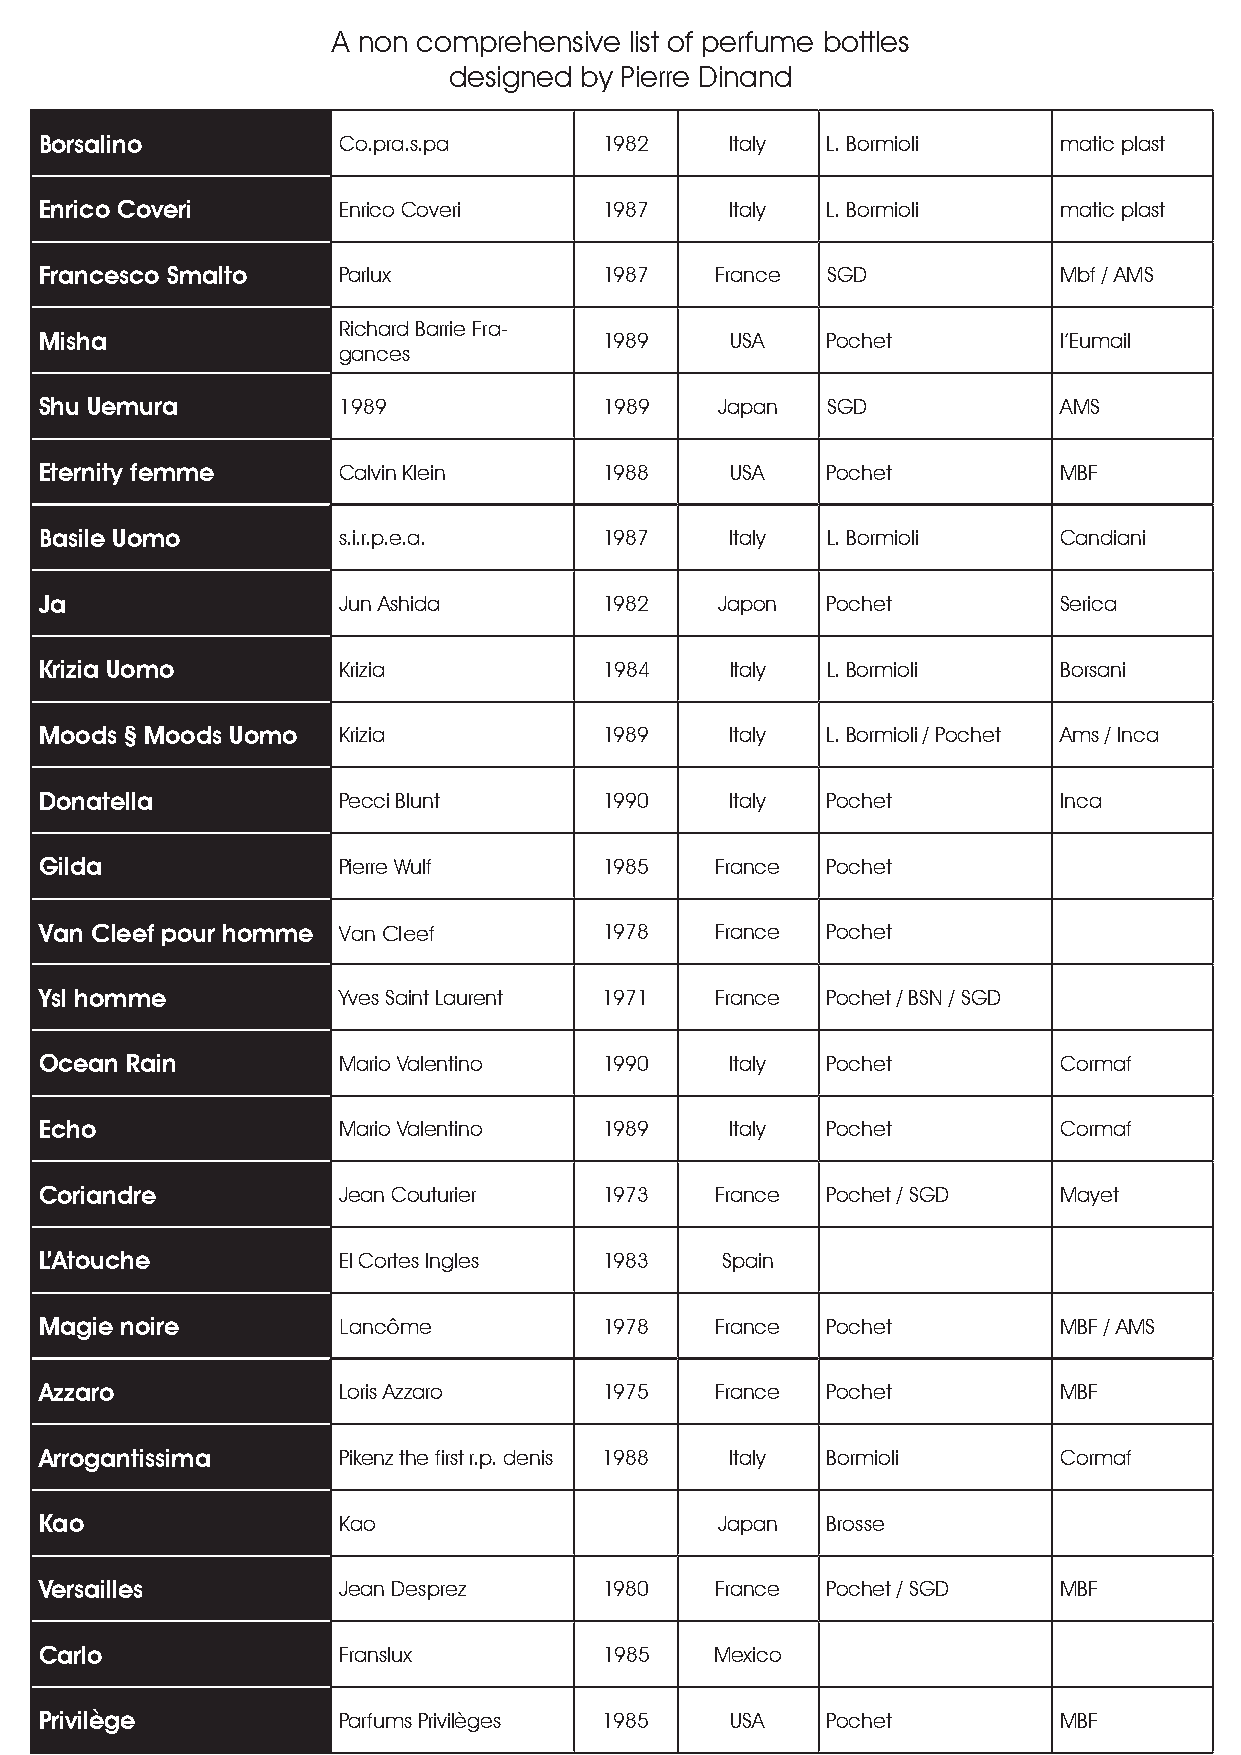
A non comprehensive list of perfume bottles
 designed by Pierre Dinand
 Borsalino          Co.pra.s.pa       1982    Italy  L.Bormioli     matic plast
 Enrico Coveri      Enrico Coveri     1987    Italy  L.Bormioli     matic plast
 Francesco Smalto   Parlux            1987   France  SGD            Mbf / AMS
 Richard Barrie Fra-
 Misha                                1989    USA    Pochet         l’Eumail
 gances
 Shu Uemura         1989              1989    Japan  SGD            AMS
 Eternity femme     Calvin Klein      1988    USA    Pochet         MBF
 Basile Uomo        s.i.r.p.e.a.      1987    Italy  L.Bormioli     Candiani
 Ja                 Jun Ashida        1982    Japon  Pochet         Serica
 Krizia Uomo        Krizia            1984    Italy  L.Bormioli     Borsani
 Moods § Moods Uomo Krizia            1989    Italy  L.Bormioli / Pochet Ams / Inca
 Donatella          Pecci Blunt       1990    Italy  Pochet         Inca
 Gilda              Pierre Wulf       1985   France  Pochet
 Van Cleef pour homme Van Cleef       1978   France  Pochet
 Ysl homme          Yves Saint Laurent 1971  France  Pochet / BSN / SGD
 Ocean Rain         Mario Valentino   1990    Italy  Pochet         Cormaf
 Echo               Mario Valentino   1989    Italy  Pochet         Cormaf
 Coriandre          Jean Couturier    1973   France  Pochet / SGD   Mayet
 L’Atouche          El Cortes Ingles  1983    Spain
 Magie noire        Lancôme           1978   France  Pochet         MBF / AMS
 Azzaro             Loris Azzaro      1975   France  Pochet         MBF
 Arrogantissima     Pikenz the first r.p. denis 1988 Italy Bormioli Cormaf
 Kao                Kao                       Japan  Brosse
 Versailles         Jean Desprez      1980   France  Pochet / SGD   MBF
 Carlo              Franslux          1985   Mexico
 Privilège          Parfums Privilèges 1985   USA    Pochet         MBF